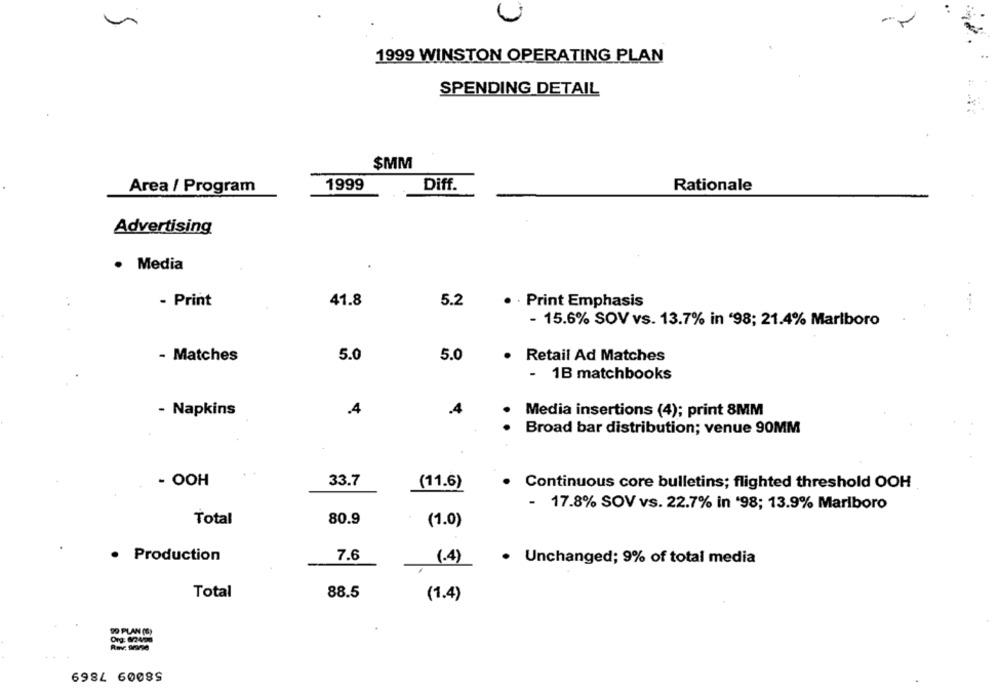
1999 WINSTON OPERATING PLAN
SPENDING DETAIL
$MM
1999
Diff.
Area / Program
Rationale
Advertising
· Media
- Print
41.8
5.2
· · Print Emphasis
- 15.6% SOV vs. 13.7% in '98; 21.4% Marlboro
- Matches
5.0
5.0
Retail Ad Matches
- 1B matchbooks
- Napkins
.4
Media insertions (4); print 8MM
Broad bar distribution; venue 90MM
- OOH
33.7
(11.6)
.
Continuous core bulletins; flighted threshold OOH
- 17.8% SOV vs. 22.7% in '98; 13.9% Marlboro
Total
80.9
(1.0)
· Production
7.6
(.4)
· Unchanged; 9% of total media
Total
88.5
(1.4)
99 PLAN (S)
Org. 87498
58009 7869